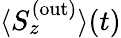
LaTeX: {\langle S_{z}^{\mathrm{(\mathrm{out})}}\rangle(t)}